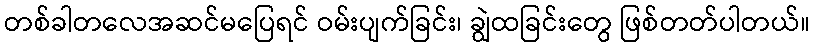
တစ်ခါတလေအဆင်မပြေရင် ဝမ်းပျက်ခြင်း၊ ချွဲထခြင်းတွေ ဖြစ်တတ်ပါတယ်။